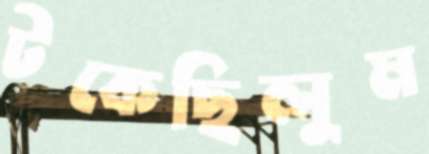
টকেছিলুম